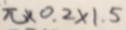
\pi \times 0 . 2 \times 1 . 5